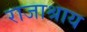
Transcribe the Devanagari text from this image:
राजाश्राय